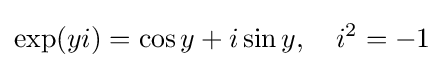
\exp(yi)=\cos y+i\sin y,\quad i^{2}=-1